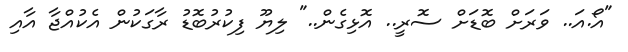
"އޯ.އަ.. ވަރަށް ބޮޑަށް ސޮރީ.. އޮޅިގެން.." ލިޔޫ ފިކުރުބޮޑު ރާގަކުން އެކުއްޖާ އާއި